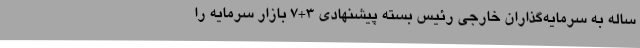
ساله به سرمایه‌گذاران خارجی رئیس بسته پیشنهادی ۳+۷ بازار سرمایه را